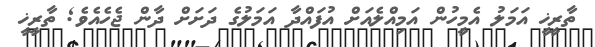
ތާރީޚީ އަމަލު އެމީހުން އަމިއްލެއަށް އުފައްދާ އަމަލުގެ ދަށަށް ދާން ޖެހެއެވެ; ތާރީޚީ